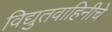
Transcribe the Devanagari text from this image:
विद्युतवाहिनीचे